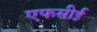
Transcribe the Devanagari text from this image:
एफसीई